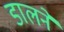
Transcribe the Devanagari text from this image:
डालनें